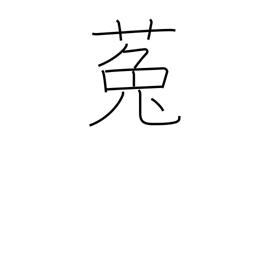
Meaning: dodder (plant)